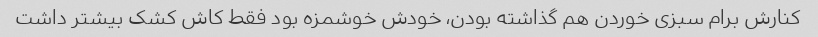
کنارش برام سبزی خوردن هم گذاشته بودن، خودش خوشمزه بود فقط کاش کشک بیشتر داشت